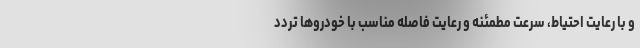
و با رعایت احتیاط، سرعت مطمئنه و رعایت فاصله مناسب با خودروها تردد